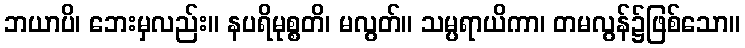
ဘယာပိ၊ ဘေးမှလည်း။ နပရိမုစ္စတိ၊ မလွတ်။ သမ္ပရာယိကာ၊ တမလွန်၌ဖြစ်သော။